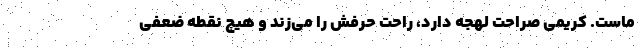
ماست. کریمی صراحت لهجه دارد، راحت حرفش را می‌زند و هیچ نقطه ضعفی